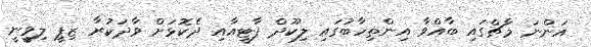
އަންނަ މާޗްގައި ބާއްވާ އިންތިހާބުގައި ލިކޫދް ޕާޓީއާއި ދެކޮޅަށް ވާދަކުރާ ޒިޕީ ލިވީނީ